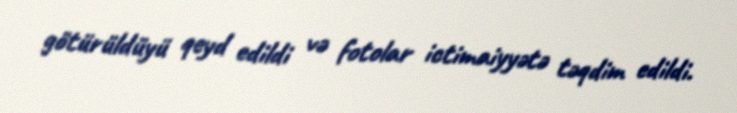
götürüldüyü qeyd edildi və fotolar ictimaiyyətə təqdim edildi.